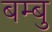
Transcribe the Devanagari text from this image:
बम्बु